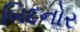
બિદનોર